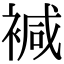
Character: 𧛡